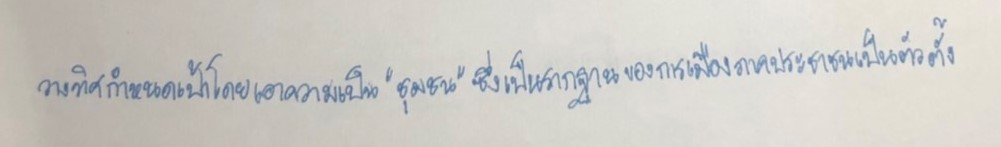
วางทิศกำหนดเป้าโดยเอาความเป็น"ชุมชน"ซึ่งเป็นรากฐานของการเมืองภาคประชาชนเป็นตัวตั้ง